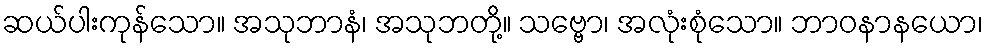
ဆယ်ပါးကုန်သော။ အသုဘာနံ၊ အသုဘတို့။ သဗ္ဗော၊ အလုံးစုံသော။ ဘာဝနာနယော၊